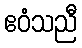
ဧဝံသညီ